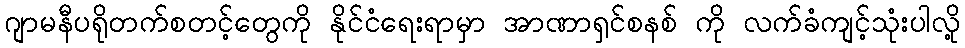
ဂျာမနီပရိုတက်စတင့်တွေကို နိုင်ငံရေးရာမှာ အာဏာရှင်စနစ် ကို လက်ခံကျင့်သုံးပါလို့